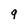
Character: 9